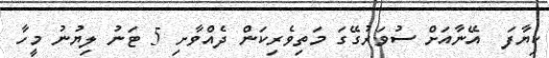
ކިޔާފަ  އޭނާއަށް ސުވަރުގޭގަ މަތިވެރިކަން ދެއްވާށި 5 ޓަނު ލިޔުނު މީހާ